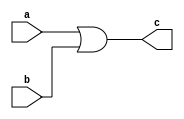
module or_gate (
    input wire a,
    input wire b,
    output reg c
);

always @ (*)
begin
    c = a | b;
end

endmodule